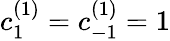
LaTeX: c_{1}^{(1)}=c_{-1}^{(1)}=1